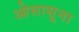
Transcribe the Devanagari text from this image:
ओसासूना